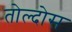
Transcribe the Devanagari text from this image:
तोल्दोस